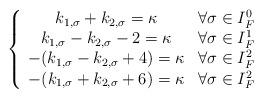
LaTeX: \begin{align*}\left\{ \begin{array}{cc} k_{1,\sigma}+k_{2,\sigma}=\kappa & \forall \sigma \in I_F^0 \\k_{1,\sigma}-k_{2,\sigma}-2=\kappa & \forall \sigma \in I_F^1\\-(k_{1,\sigma}- k_{2,\sigma}+4)=\kappa & \forall \sigma \in I_F^2 \\-(k_{1,\sigma}+ k_{2,\sigma}+6)=\kappa & \forall \sigma \in I_F^2\end{array}\right.\end{align*}